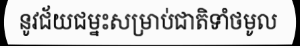
នូវជ័យជម្នះសម្រាប់ជាតិទាំថមូល